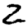
Digit: 2